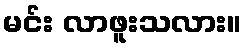
မင်း လာဖူးသလား။